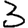
Digit: 3